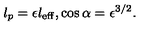
l _ { p } = \epsilon l _ { \mathrm { e f f } } , \cos \alpha = \epsilon ^ { 3 / 2 } .